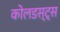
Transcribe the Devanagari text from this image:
कोलडस्ट्स